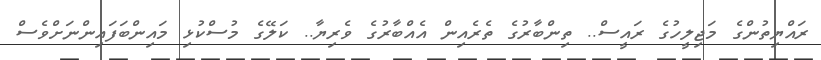
ރައްޔިތުންގެ މަޖިލީހުގެ ރައީސް.. ތިންބާރުގެ ތެރެއިން އެއްބާރުގެ ވެރިޔާ.. ކަލޭގެ މުސްކުޅި މައިންބަފައިންނަށްވެސް